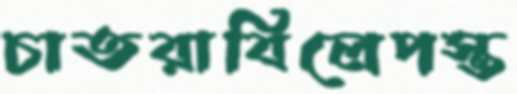
চাতরাবিলেপস্ত